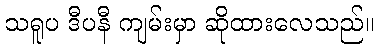
သရူပ ဒီပနီ ကျမ်းမှာ ဆိုထားလေသည်။